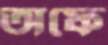
অফে